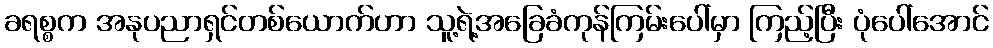
ခရစ္စက အနုပညာရှင်တစ်ယောက်ဟာ သူ့ရဲ့အခြေခံကုန်ကြမ်းပေါ်မှာ ကြည့်ပြီး ပုံပေါ်အောင်